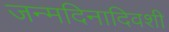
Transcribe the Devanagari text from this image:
जन्मदिनादिवशी